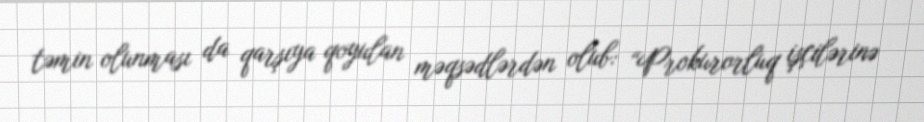
təmin olunması da qarşıya qoyulan məqsədlərdən olub: “Prokurorluq işçilərinə